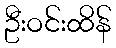
ဦးဝင်းထိန်